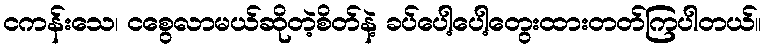
ငကန်းသေ၊ ငစွေလာမယ်ဆိုတဲ့စိတ်နဲ့ ခပ်ပေါ့ပေါ့တွေးထားတတ်ကြပါတယ်။